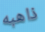
ذاهبه